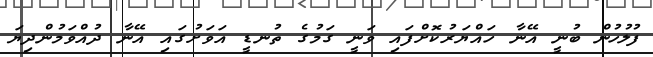
ފުލުހުން ބުނީ އޭނާ ހައްޔަރުކޮށްފައި ވަނީ ގަމުގެ ތުނޑީ އަވަށުގައި އޭނާ ދުއްވަމުންދިޔަ